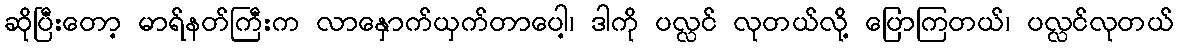
ဆိုပြီးတော့ မာရ်နတ်ကြီးက လာနှောက်ယှက်တာပေါ့၊ ဒါကို ပလ္လင် လုတယ်လို့ ပြောကြတယ်၊ ပလ္လင်လုတယ်